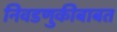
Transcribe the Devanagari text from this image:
निवडणुकीबाबत